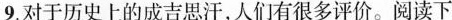
9. 对于历史上的成吉思汗，人们有很多评价。阅读下